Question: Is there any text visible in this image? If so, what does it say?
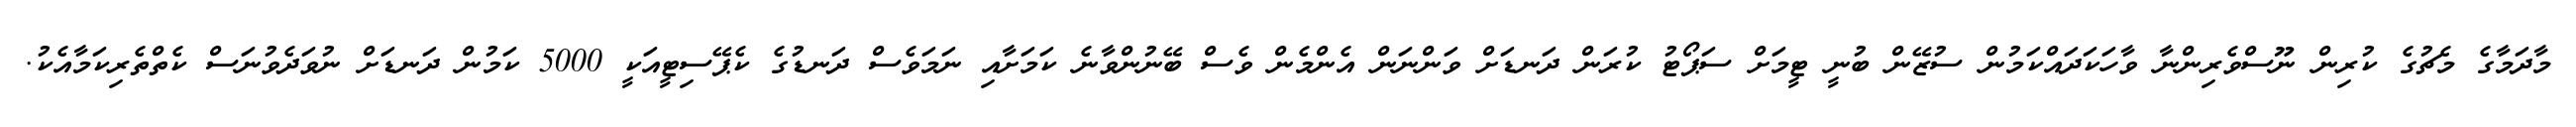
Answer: މާދަމާގެ މެޗުގެ ކުރިން ނޫސްވެރިންނާ ވާހަކަދައްކަމުން ސުޒޭން ބުނީ ޓީމަށް ސަޕޯޓު ކުރަން ދަނޑަށް ވަންނަން އެންމެން ވެސް ބޭނުންވާނެ ކަމަށާއި ނަމަވެސް ދަނޑުގެ ކެޕޭސިޓީއަކީ 5000 ކަމުން ދަނޑަށް ނުވަދެވުނަސް ކެތްތެރިކަމާއެކު.